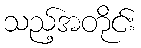
သည့်အတိုင်း